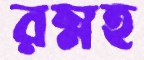
রম্নহ